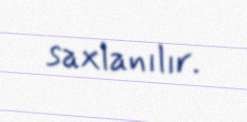
saxlanılır.